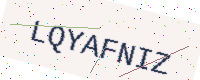
Text: LQYAFNIZ